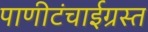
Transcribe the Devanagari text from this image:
पाणीटंचाईग्रस्त